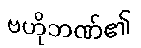
ဗဟိုဘဏ်၏